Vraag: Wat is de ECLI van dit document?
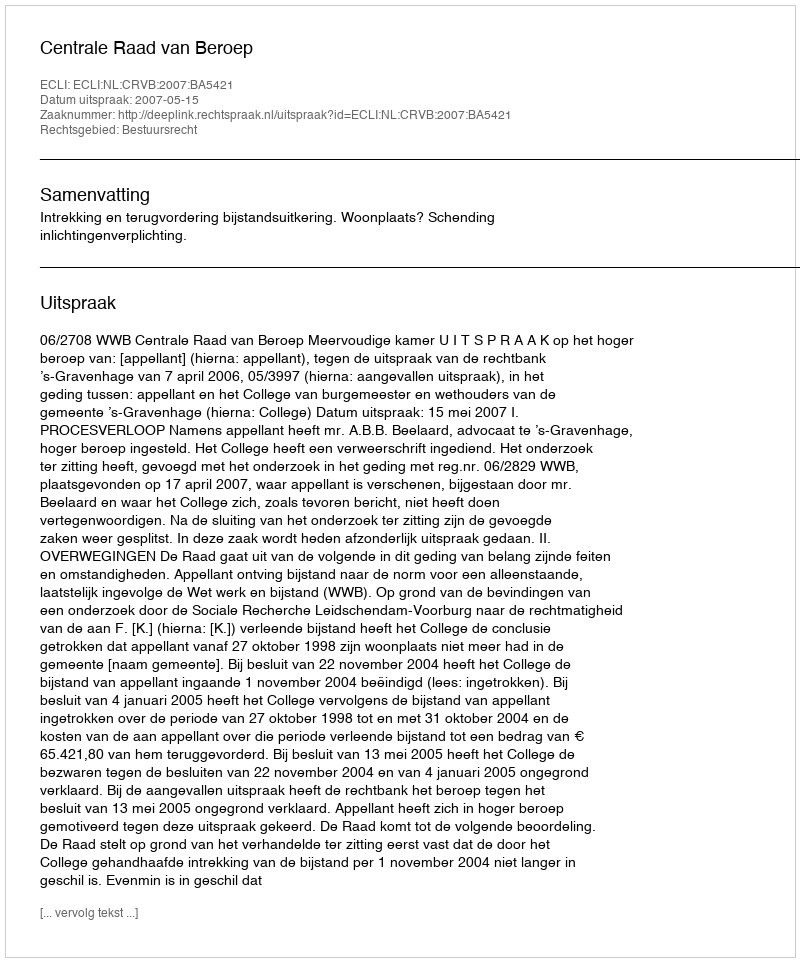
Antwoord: ECLI:NL:CRVB:2007:BA5421